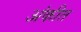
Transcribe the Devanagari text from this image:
अंकीत